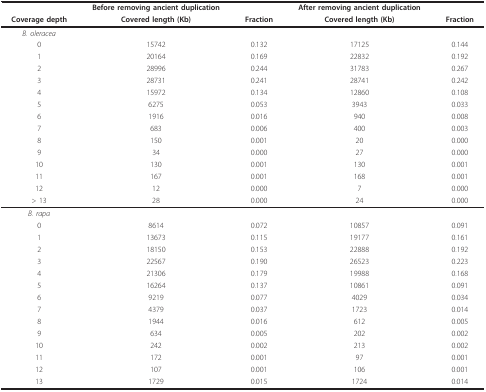
<table><thead><tr><td></td><td><b>Before removing ancient duplication</b></td><td></td><td><b>After removing ancient duplication</b></td><td></td></tr><tr><td><b>Coverage depth</b></td><td><b>Covered length (Kb)</b></td><td><b>Fraction</b></td><td><b>Covered length (Kb)</b></td><td><b>Fraction</b></td></tr></thead><tbody><tr><td><i>B. oleracea</i></td><td></td><td></td><td></td><td></td></tr><tr><td>0</td><td>15742</td><td>0.132</td><td>17125</td><td>0.144</td></tr><tr><td>1</td><td>20164</td><td>0.169</td><td>22832</td><td>0.192</td></tr><tr><td>2</td><td>28996</td><td>0.244</td><td>31783</td><td>0.267</td></tr><tr><td>3</td><td>28731</td><td>0.241</td><td>28741</td><td>0.242</td></tr><tr><td>4</td><td>15972</td><td>0.134</td><td>12860</td><td>0.108</td></tr><tr><td>5</td><td>6275</td><td>0.053</td><td>3943</td><td>0.033</td></tr><tr><td>6</td><td>1916</td><td>0.016</td><td>940</td><td>0.008</td></tr><tr><td>7</td><td>683</td><td>0.006</td><td>400</td><td>0.003</td></tr><tr><td>8</td><td>150</td><td>0.001</td><td>20</td><td>0.000</td></tr><tr><td>9</td><td>34</td><td>0.000</td><td>27</td><td>0.000</td></tr><tr><td>10</td><td>130</td><td>0.001</td><td>130</td><td>0.001</td></tr><tr><td>11</td><td>167</td><td>0.001</td><td>168</td><td>0.001</td></tr><tr><td>12</td><td>12</td><td>0.000</td><td>7</td><td>0.000</td></tr><tr><td>&gt; 13</td><td>28</td><td>0.000</td><td>24</td><td>0.000</td></tr><tr><td><i>B. rapa</i></td><td></td><td></td><td></td><td></td></tr><tr><td>0</td><td>8614</td><td>0.072</td><td>10857</td><td>0.091</td></tr><tr><td>1</td><td>13673</td><td>0.115</td><td>19177</td><td>0.161</td></tr><tr><td>2</td><td>18150</td><td>0.153</td><td>22888</td><td>0.192</td></tr><tr><td>3</td><td>22567</td><td>0.190</td><td>26523</td><td>0.223</td></tr><tr><td>4</td><td>21306</td><td>0.179</td><td>19988</td><td>0.168</td></tr><tr><td>5</td><td>16264</td><td>0.137</td><td>10861</td><td>0.091</td></tr><tr><td>6</td><td>9219</td><td>0.077</td><td>4029</td><td>0.034</td></tr><tr><td>7</td><td>4379</td><td>0.037</td><td>1723</td><td>0.014</td></tr><tr><td>8</td><td>1944</td><td>0.016</td><td>612</td><td>0.005</td></tr><tr><td>9</td><td>634</td><td>0.005</td><td>202</td><td>0.002</td></tr><tr><td>10</td><td>242</td><td>0.002</td><td>213</td><td>0.002</td></tr><tr><td>11</td><td>172</td><td>0.001</td><td>97</td><td>0.001</td></tr><tr><td>12</td><td>107</td><td>0.001</td><td>106</td><td>0.001</td></tr><tr><td>13</td><td>1729</td><td>0.015</td><td>1724</td><td>0.014</td></tr></tbody></table>